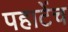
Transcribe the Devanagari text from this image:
पहाटेंच